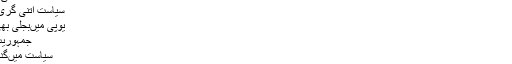
کسی نے خوب کہا ہے ؎
سیاست اتنی گری کہ بے ایمان ہوگئی
یوپی میںبجلی بھی ہندو مسلمان ہوگئی
جمہوریت تو بھیا طبیلہ ہوگیا
سیاست میںگدھوں پر جھمیلا ہوگیا
اترپردیش کے مسائل بڑے اور پیچیدہ ہیں لیکن انتخابی مہم کی دوران نعرے ، جملے اور الزام تراشیوں کے شور میںاس ریاست کے سارے بنیادی مسئلے طاق پر چلے گئے۔